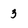
Character: 3